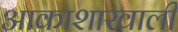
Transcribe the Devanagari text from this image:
आकाशाखाली